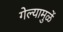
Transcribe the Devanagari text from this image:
गेल्यामुळें